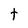
Character: t